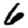
Digit: 6